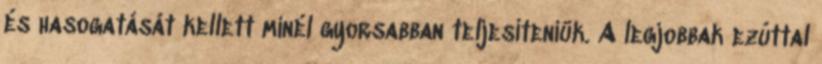
és hasogatását kellett minél gyorsabban teljesíteniük. A legjobbak ezúttal